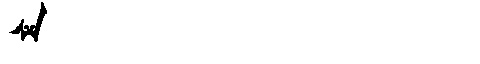
Manchu: ᠰᠶ
Romanization: SY